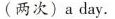
(两次)a day.